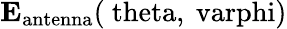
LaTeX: \mathrm{\mathbf{E}_{antenna}(\ theta,\ varphi)}